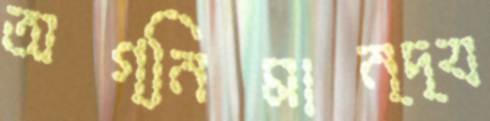
অগ্নিমান্দ্য